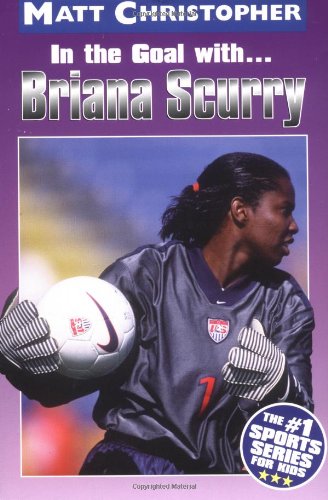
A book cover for In the Goal With ... Briana Scurry; Matt Christopher; Children's Books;